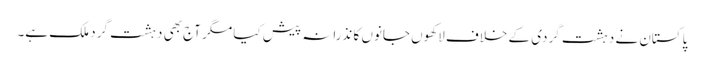
پاکستان نے دہشت گردی کے خلاف لاکھوں جانوں کا نذرانہ پیش کیا مگر آج بھی دہشت گرد ملک ہے۔